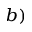
^ { b ) }